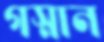
গস্নান